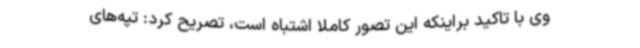
وی با تاکید براینکه این تصور کاملا اشتباه است، تصریح کرد: تپه‌های